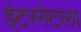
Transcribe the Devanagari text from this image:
इंटरनेटला